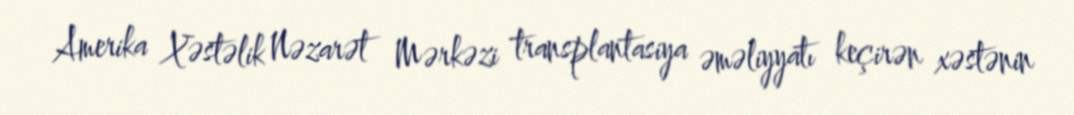
Amerika Xəstəlik Nəzarət Mərkəzi transplantasiya əməliyyatı keçirən xəstənin